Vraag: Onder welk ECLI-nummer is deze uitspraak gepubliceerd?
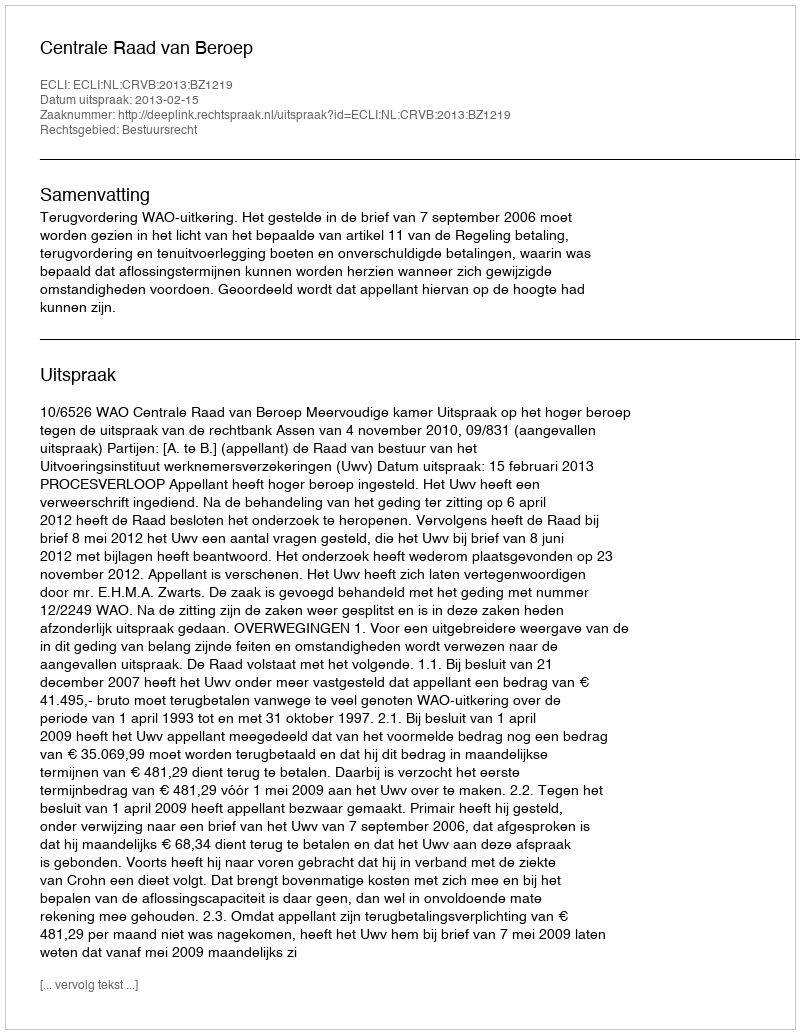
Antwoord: ECLI:NL:CRVB:2013:BZ1219